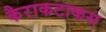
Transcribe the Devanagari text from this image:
कैराकटाकस